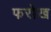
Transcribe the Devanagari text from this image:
फरोख